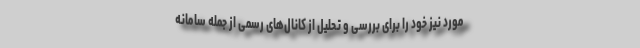
مورد نیز خود را برای بررسی و تحلیل از کانال‌های رسمی از جمله سامانه